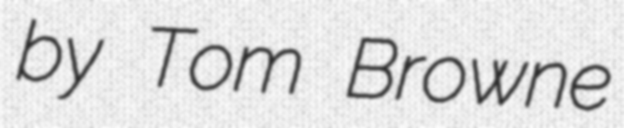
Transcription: by Tom Browne